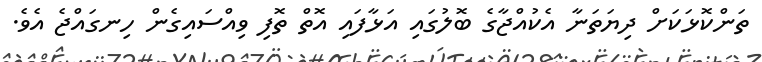
ތަންކޮޅަކަށް ދިޔަތަނާ އެކުއްޖާގެ ބޮލުގައި އަޅާފައި އޮތް ތޮފި ވިއްސައިގެން ހިނގައްޖެ އެވެ.